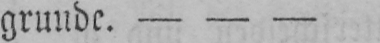
grunde. - - -